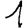
Digit: 1